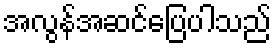
အလွန်အဆင်ပြေပါသည်